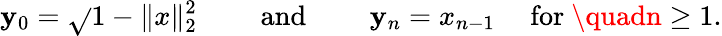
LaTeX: \mathbf{y}_{0}={\sqrt{}{{1-\| x\| _{2}^{2}}}}\qquad{\mathrm{{~and~}}}\qquad\mathbf{y}_{n}=x_{n-1}\quad{\mathrm{{~for~}}}\quadn\geq1.